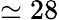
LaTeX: \simeq 28